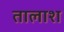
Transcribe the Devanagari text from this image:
तालाश